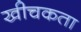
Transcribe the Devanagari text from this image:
खीचकता